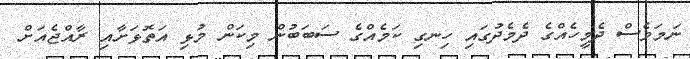
ނަމަވެސް ދެމީހެއްގެ ދެމެދުގައި ހިނގި ކަމެއްގެ ސަބަބުން މިކަން މުޅި އަތޮޅަށާއި ރާއްޖެއަށް